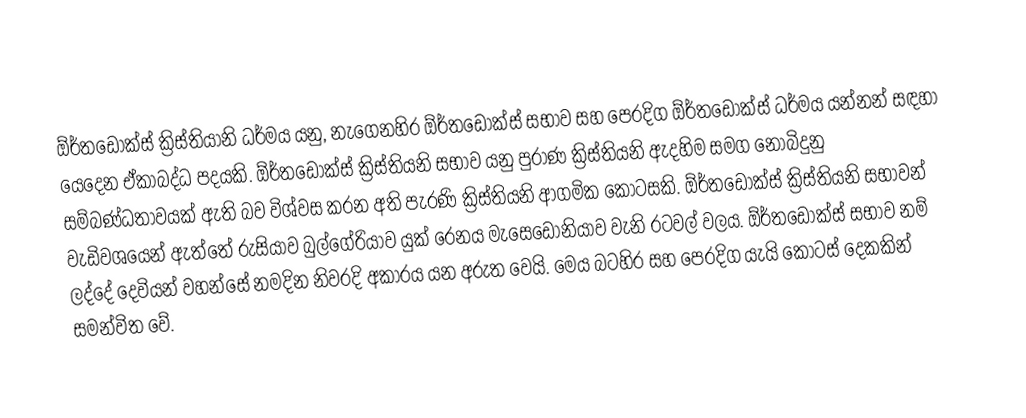
ඕර්තඩොක්ස් ක්‍රිස්තියානි ධර්මය යනු, නැගෙනහිර ඕර්තඩොක්ස් සභාව සහ පෙරදිග ඕර්තඩොක්ස් ධර්මය යන්නන් සඳහා යෙදෙන ඒකාබද්ධ පදයකි. ඕර්තඩොක්ස් ක්‍රිස්තියනි සභාව යනු පුරාණ ක්‍රිස්තියනි ඇදහිම සමග නොබිදුනු සම්බණ්ධතාවයක් ඇති බව විශ්වස කරන අති පැරණි ක්‍රිස්තියනි ආගමික කොටසකි. ඕර්තඩොක්ස් ක්‍රිස්තියනි සභාවන් වැඩිවශයෙන් ඇත්තේ රුසියාව බුල්ගේරියාව යුක් රෙනය මැසෙඩොනියාව වැනි රටවල් වලය. ඕර්තඩොක්ස් සභාව නම් ලද්දේ දෙවියන් වහන්සේ නමදින නිවරදි අකාරය යන අරුත වෙයි. මෙය බටහිර සහ පෙරදිග ‍යැයි කොටස් දෙකකින් සමන්විත වේ.